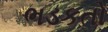
ભડકતો